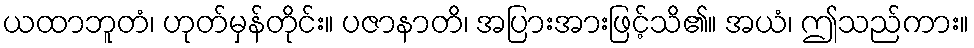
ယထာဘူတံ၊ ဟုတ်မှန်တိုင်း။ ပဇာနာတိ၊ အပြားအားဖြင့်သိ၏။ အယံ၊ ဤသည်ကား။